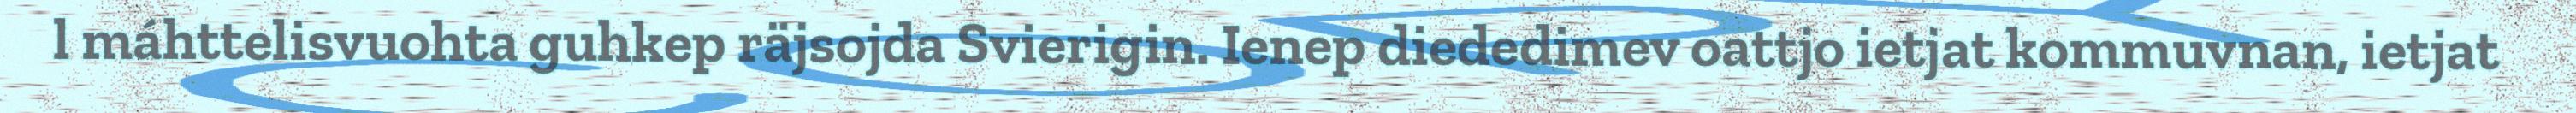
l máhttelisvuohta guhkep räjsojda Svierigin. Ienep diededimev oattjo ietjat kommuvnan, ietjat